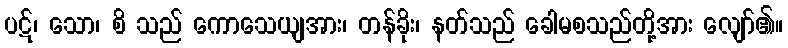
ပဋ်၊ သော၊ စိ သည် ကောသေယျအား၊ တန်ခိုး၊ နတ်သည် ခေါမစသည်တို့အား လျော်၏။